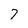
Character: 7